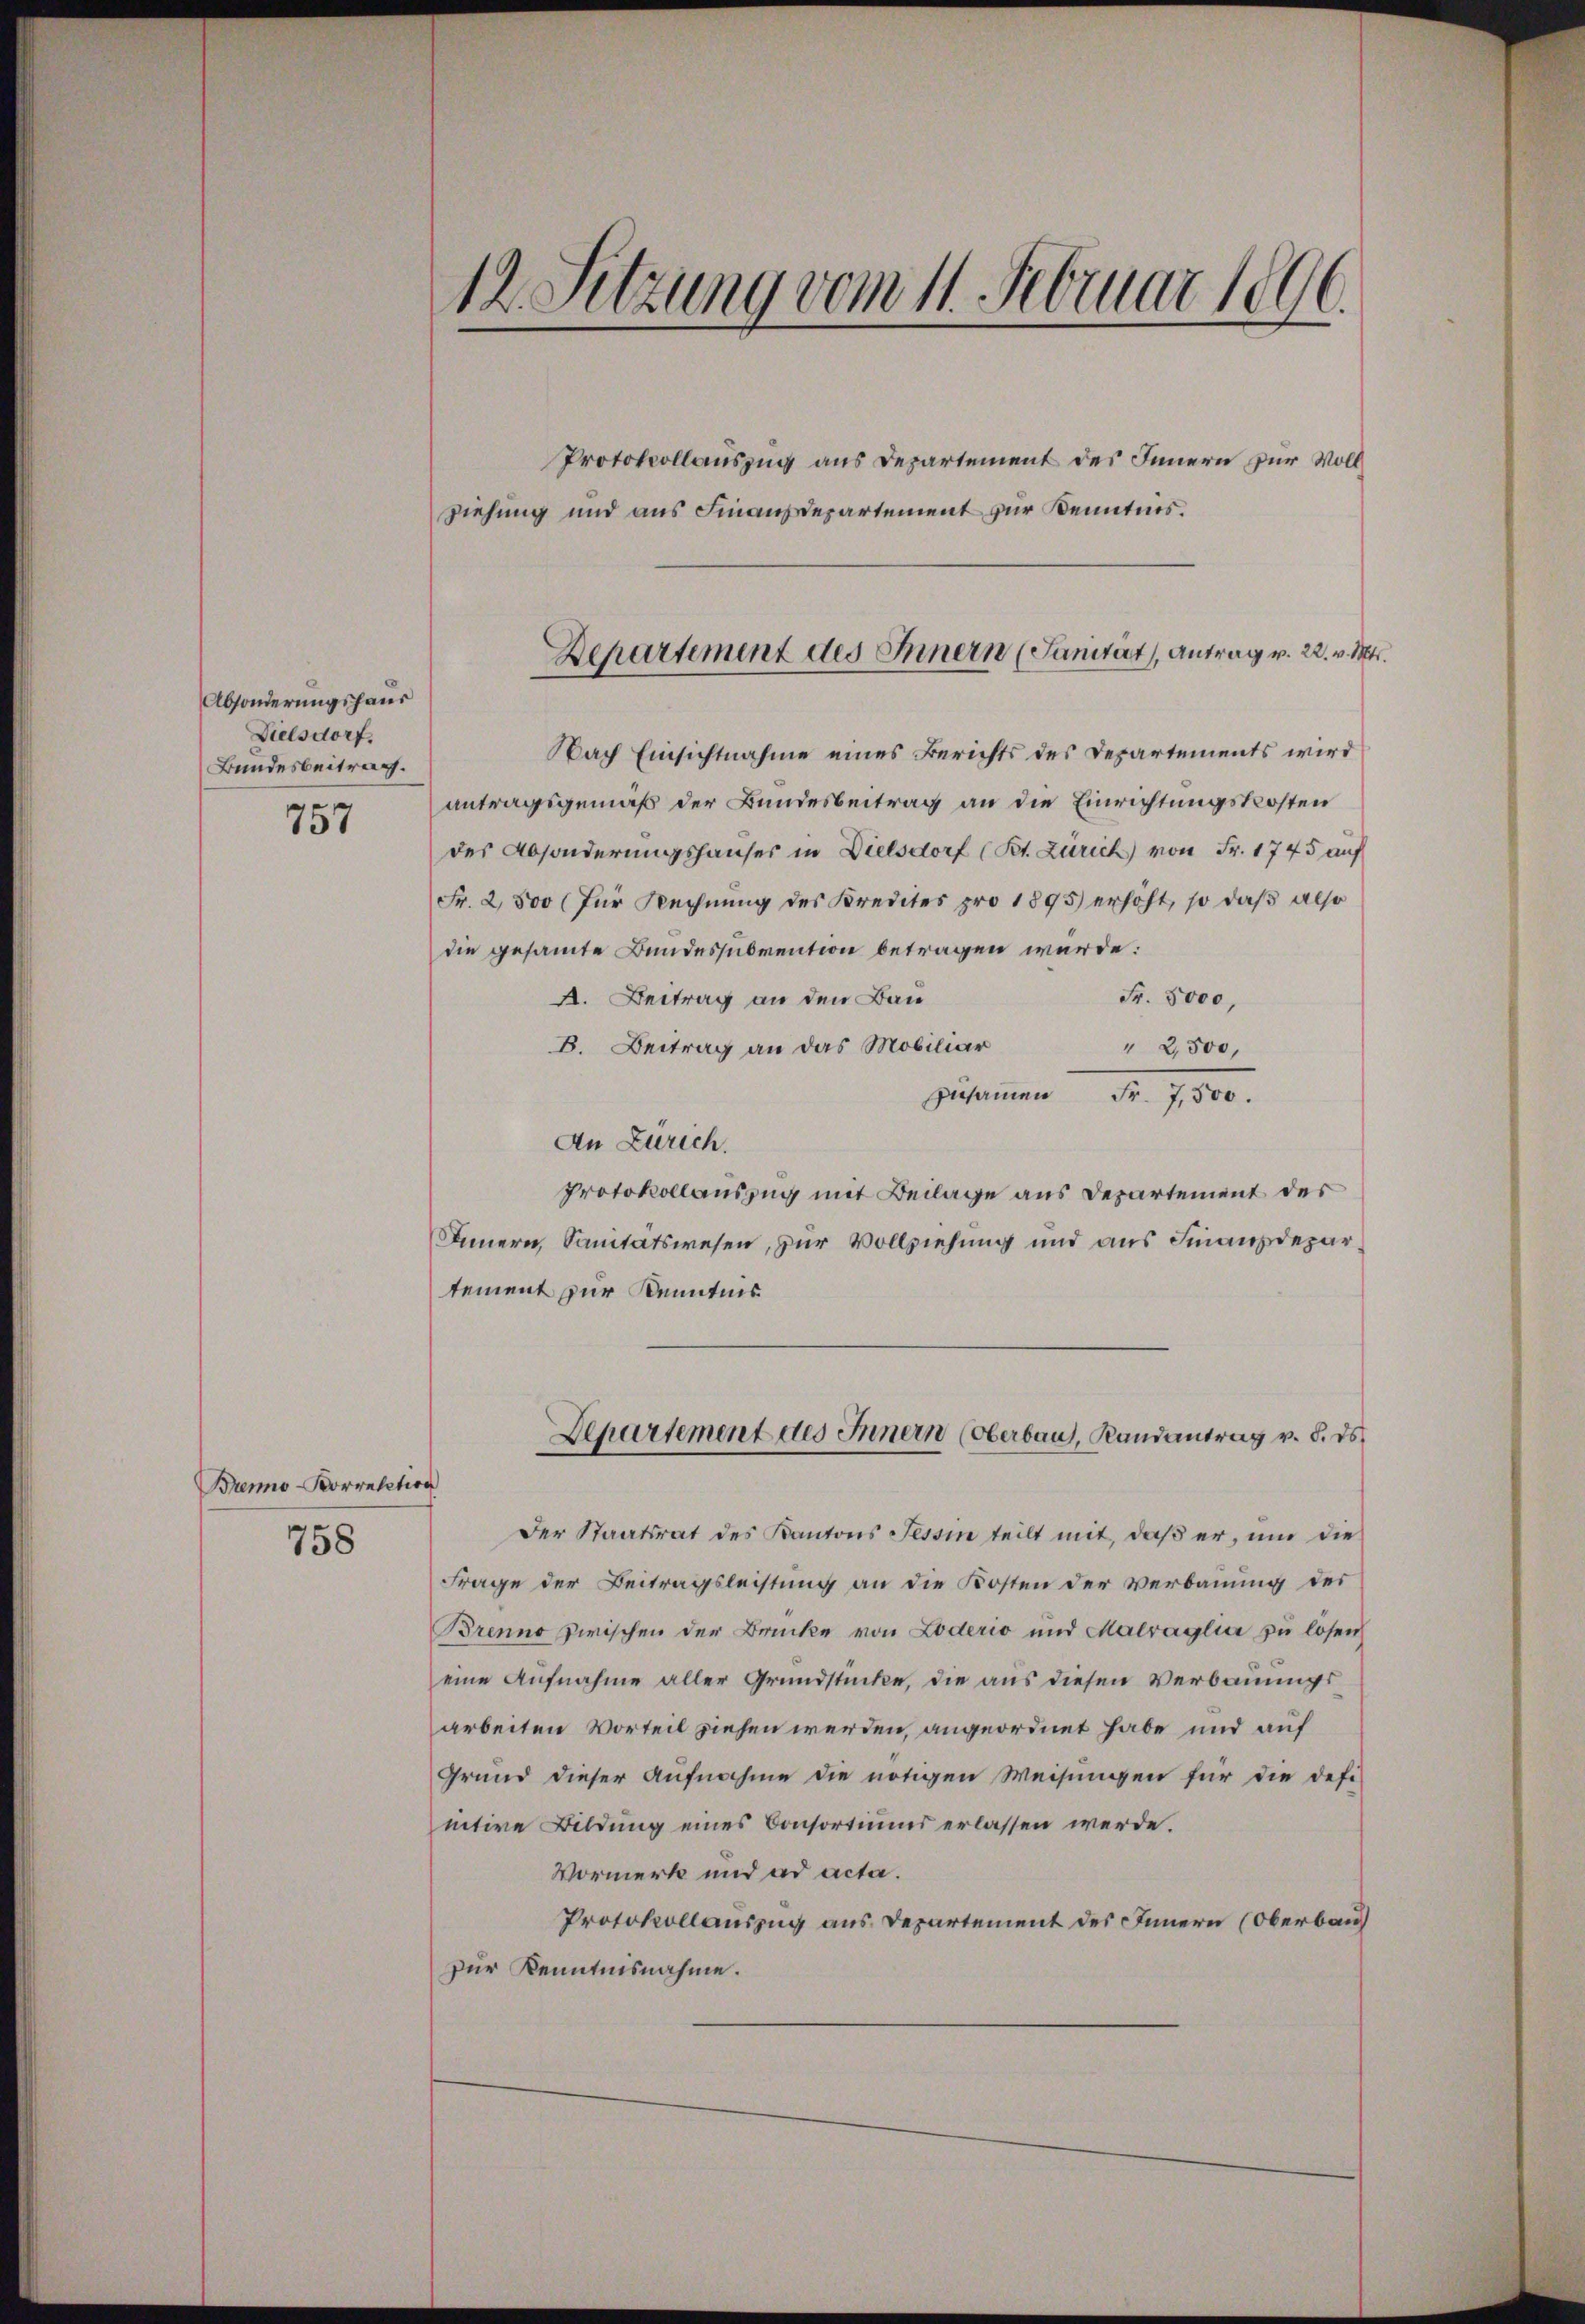
Absonderungshaus
Dielsdorf
Bundesbeitrag.
757

Brenno-Korrelation
758

12. Sitzung vom 11. Februar 1890

Protokollauszug aus Departement des Innern zur Vollziehung und aus Finanzdepartement zur Kenntnis.
Nach Einsichtnahme eines Berichts des Departements wird
antragsgemäß der Bundesbeitrag an die Einrichtungskosten
des Absonderungshauser in Dielsdorf (Bt. Zürich von Fr. 1745 auf
Fr. 2500 (für Rechnung des Kredites pro 1895 erhöht, so daß also
die gesamte Bundessubvention betragen würde:
Fr. 5000,
A. Beitrag an den Bau
B. Beitrag an das Mobiliar
" 2,500,
zusammen
Fr. 7,500.
An Zürich.
Protokollauszug mit Beilage aus Departement des
Innern, Sanitätswesen, zur Vollziehung und aus Finanzdepartement zur Kenntnis
Departement des Innern (Oberbaus, Randantrag v. 8. ds.
Der Staatsrat des Kantons Tessin teilt mit, daβ er, um die
Frage der Beitragsleistung an die Kosten der Verbauung des
Brenne zwischen der Brücke von Löderio und Matraglia zu lösen,
eine Aufnahme aller Grundstücke, die aus diesen Verbauungsarbeiten Vorteil ziehen werden, angeordnet habe und auf
Grund dieser Aufnahme die nötigen Weisungen für die defi-
nitive Bildung eines Consortiums erlassen werde.
Vormerk und ad acta.
Protokollauszug aus Departement des Innern (Oberbau
zur Kenntnisnahme.

Departement des Innern (Sanität, Antrag v. 22. v. Mts.